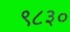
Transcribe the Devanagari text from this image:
९८३०